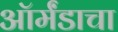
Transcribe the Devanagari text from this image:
ऑर्मंडाचा